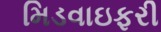
મિડવાઇફરી